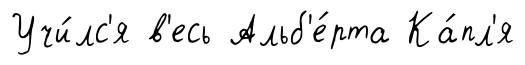
Учи́лс'я в'есь Альб'е́рта Ка́пл'я